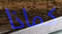
كماذا